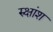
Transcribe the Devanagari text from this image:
रुक्षांश